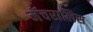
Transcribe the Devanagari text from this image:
नॅचरालिस